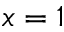
x = 1